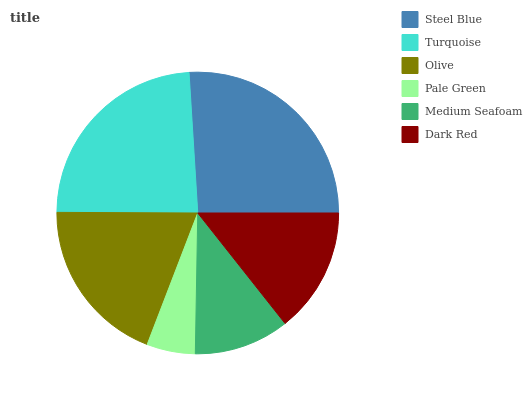
| Steel Blue | Turquoise | Olive | Pale Green | Medium Seafoam | Dark Red |
 | --- | --- | --- | --- | --- | --- |
 | 26% | 23.9% | 19.3% | 5.58% | 10.9% | 14.4% |